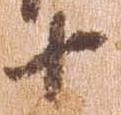
十